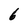
Character: 6